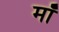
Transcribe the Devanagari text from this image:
मॉँ